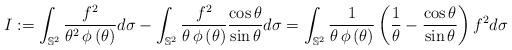
LaTeX: \begin{align*}I:=\int_{\mathbb{S}^{2}} \frac{f^{2}}{\theta^{2}\,\phi\left(\theta\right)}d\sigma-\int_{\mathbb{S}^{2}} \frac{f^{2}}{\theta\,\phi\left(\theta\right)}\frac{\cos{\theta}}{\sin{\theta}}d\sigma=\int_{\mathbb{S}^{2}} \frac{1}{\theta\,\phi\left(\theta\right)}\left(\frac{1}{\theta}-\frac{\cos{\theta}}{\sin{\theta}} \right)f^{2}d\sigma\end{align*}